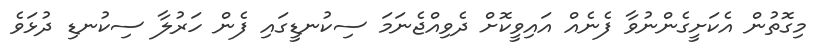
މިގޮތުން އެކަށީގެންނުވާ ފެނެއް އައިވީކޮށް ދެވިއްޖެނަމަ ސިކުނޑީގައި ފެން ހަރުލާ ސިކުނޑި ދުޅަވެ